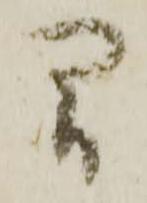
間